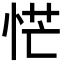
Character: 恾